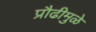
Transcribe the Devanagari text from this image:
प्रौढीमुळे